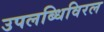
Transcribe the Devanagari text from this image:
उपलब्धिविरल